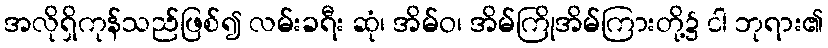
အလိုရှိကုန်သည်ဖြစ်၍ လမ်းခရီး ဆုံ၊ အိမ်ဝ၊ အိမ်ကြိုအိမ်ကြားတို့၌ ငါ ဘုရား၏